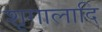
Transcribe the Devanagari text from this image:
शृगालादि